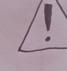
Signature authenticity: forged